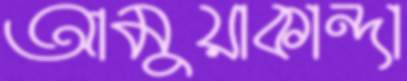
আমুয়াকান্দা